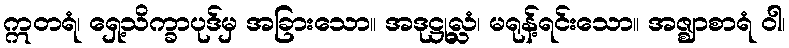
ဣတရံ၊ ရှေ့သိက္ခာပုဒ်မှ အခြားသော။ အဒုဋ္ဌုလ္လံ၊ မရုန့်ရင်းသော။ အဇ္ဈာစာရံ ဝါ၊